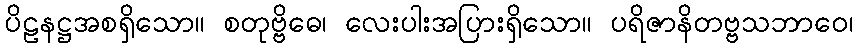
ပိဠနဋ္ဌအစရှိသော။ စတုဗ္ဗိဓေ၊ လေးပါးအပြားရှိသော။ ပရိဇာနိတဗ္ဗသဘာဝေ၊